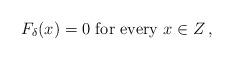
LaTeX: \begin{align*}F_\delta(x)=0\mbox{ for every } x\in Z\,,\end{align*}